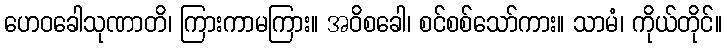
ဟေဝခေါသုဏာတိ၊ ကြားကာမကြား။ အဝိစခေါ၊ စင်စစ်သော်ကား။ သာမံ၊ ကိုယ်တိုင်။